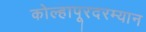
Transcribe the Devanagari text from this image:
कोल्हापूरदरम्यान